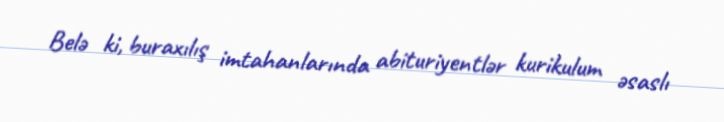
Belə ki, buraxılış imtahanlarında abituriyentlər kurikulum əsaslı